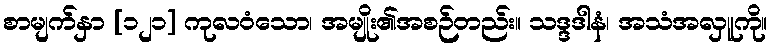
စာမျက်နှာ [၁၂၁] ကုလဝံသော၊ အမျိုး၏အစဉ်တည်း။ သဒ္ဒဒါနံ၊ အသံအလှူကို။